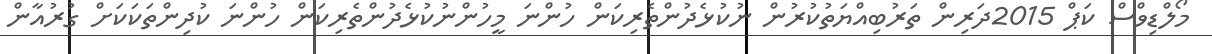
މޯލްޑިވްސް ކަޕް 2015ދަރިން ތަރުބިއްޔަތުކުރުން ނުކުޅެދުންތެރިކަން ހުންނަ މީހުންނުކުޅެދުންތެރިކަން ހުންނަ ކުދިންތަކަކަށް ގުރުއާން